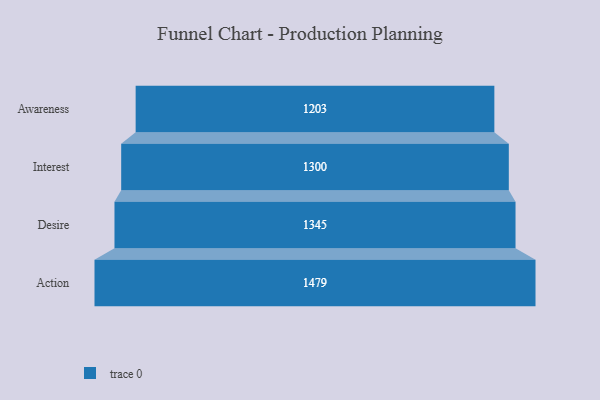
{"axis": {"x": "Stage", "y": "Value"}, "legend": [""], "data": [{"x": "Awareness", "y": 1203.0, "type": ""}, {"x": "Interest", "y": 1300.0, "type": ""}, {"x": "Desire", "y": 1345.0, "type": ""}, {"x": "Action", "y": 1479.0, "type": ""}]}